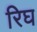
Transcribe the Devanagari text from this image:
रिघ